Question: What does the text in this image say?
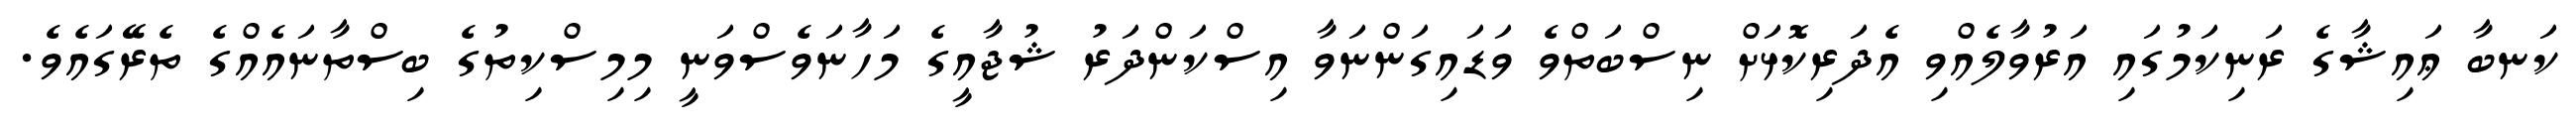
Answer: ކަނބާ ޢައިޝާގެ ރަނިކަމުގައި އަރުވާލެއްވި އެދަރިކޮޅަށް ނިސްބަތްވެ ވަޑައިގަންނަވާ އިސްކަންދަރު ޝުޖާއީގެ މަހާނަވެސްވަނީ މިމިސްކިތުގެ ބިސްތާނައެއްގެ ތެރޭގައެވެ.